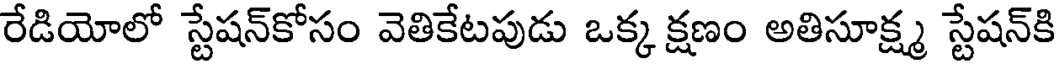
రేడియోలో స్టేషన్కోసం వెతికేటపుడు ఒక్క క్షణం అతిసూక్ష్మ స్టేషన్కి